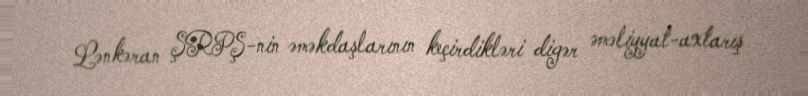
Lənkəran ŞRPŞ-nin əməkdaşlarının keçirdikləri digər əməliyyat-axtarış